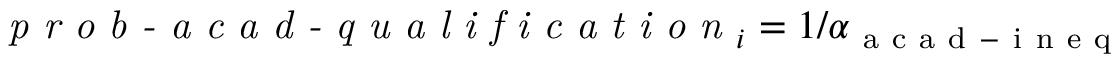
\textit { p r o b - a c a d - q u a l i f i c a t i o n } _ { i } = 1 / \alpha _ { \mathrm { ~ a ~ c ~ a ~ d ~ - ~ i ~ n ~ e ~ q ~ } }